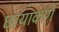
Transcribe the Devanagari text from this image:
छायाकर्ण